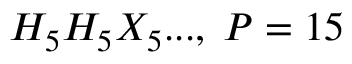
H _ { 5 } H _ { 5 } X _ { 5 } . . . , \; P = 1 5